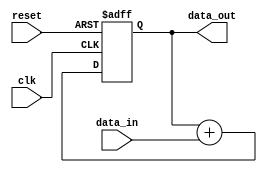
module FixedPointAccumulator(
    input wire clk,
    input wire reset,
    input wire [FIXED_POINT_WIDTH-1:0] data_in,
    output reg [FIXED_POINT_WIDTH-1:0] data_out
);

parameter INTEGER_BITS = 2;
parameter FRACTIONAL_BITS = 6;
parameter FIXED_POINT_WIDTH = INTEGER_BITS + FRACTIONAL_BITS;

reg [FIXED_POINT_WIDTH-1:0] accumulator;

always @ (posedge clk or posedge reset) begin
    if (reset) begin
        accumulator <= 0;
    end else begin
        accumulator <= accumulator + data_in;
    end
end

assign data_out = accumulator;

endmodule